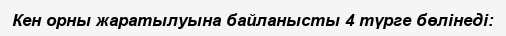
Кен орны жаратылуына байланысты 4 түрге бөлінеді: